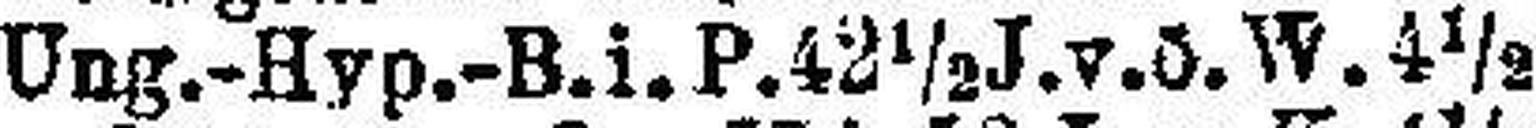
Ung.-Hyp.-B.i. P.42½J. v. ö. W. 4½